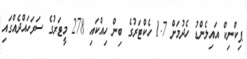
ޕިކްނިކް އައިލެންޑު ހެދުމަށް 1.7 ހެކްޓަރުގެ ބިން ހިއްކައި 278 މީޓަރުގެ ސަރަހައްދެއްގައި